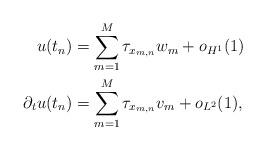
LaTeX: \begin{align*} u({t_n}) &= \sum\limits_{m = 1}^M {{\tau _{{x_{m,n}}}}} {w_m} + {o_{H^1}}(1) \\ {\partial _t}u({t_n}) &= \sum\limits_{m = 1}^M {{\tau _{{x_{m,n}}}}} {v_m} + {o_{L^2}}(1),\\\end{align*}